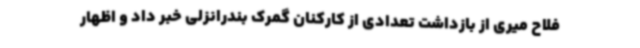
فلاح میری از بازداشت تعدادی از کارکنان گمرک بندرانزلی خبر داد و اظهار